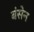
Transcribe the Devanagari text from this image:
बंसेन